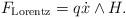
LaTeX: \begin{align*}F_{\rm Lorentz} = q\dot{x} \wedge H.\end{align*}